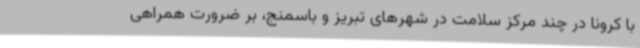
با کرونا در چند مرکز سلامت در شهرهای تبریز و باسمنج، بر ضرورت همراهی